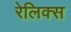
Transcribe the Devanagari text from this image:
रेलिक्स